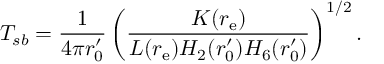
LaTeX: T _ { s b } = { \frac { 1 } { 4 \pi r _ { 0 } ^ { \prime } } } \left( { \frac { K ( r _ { \mathrm { e } } ) } { L ( r _ { \mathrm { e } } ) H _ { 2 } ( r _ { 0 } ^ { \prime } ) H _ { 6 } ( r _ { 0 } ^ { \prime } ) } } \right) ^ { 1 / 2 } .